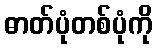
ဓာတ်ပုံတစ်ပုံကို